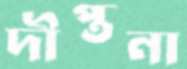
দীপ্তনা